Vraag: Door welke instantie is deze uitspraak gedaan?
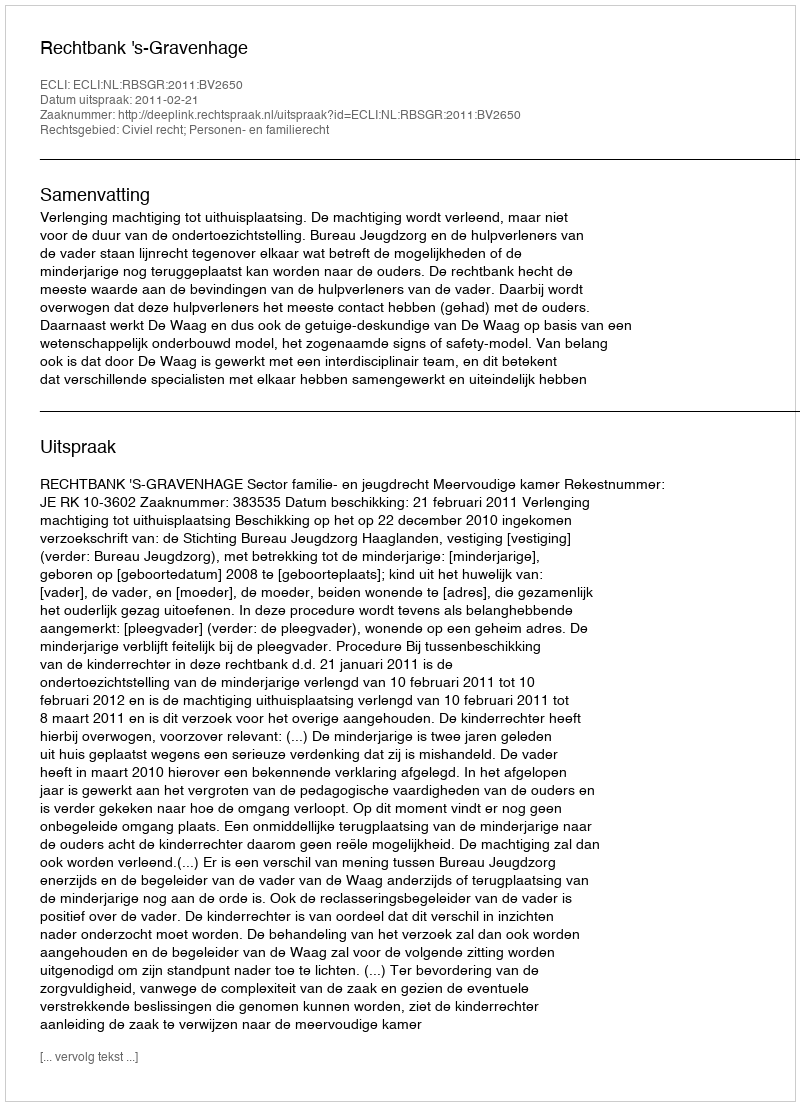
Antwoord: Rechtbank 's-Gravenhage